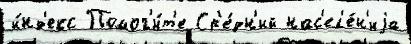
и́нд'екс Помог'и́т'е Ср'е́дн'ий нас'ел'е́н'иjа